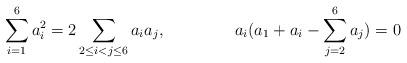
LaTeX: \begin{align*}\sum_{i=1}^6a_i^2 &= 2\sum_{2\leq i<j\leq 6}a_ia_j, & a_i(a_1+a_i-\sum_{j=2}^6a_j)&=0\end{align*}